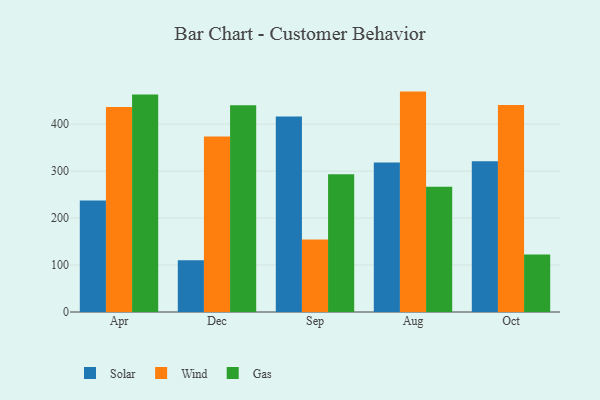
{"axis": {"x": "Month", "y": "Budget (USD K)"}, "legend": ["Gas", "Solar", "Wind"], "data": [{"x": "Apr", "y": 237.3, "type": "Solar"}, {"x": "Apr", "y": 436.6, "type": "Wind"}, {"x": "Apr", "y": 462.8, "type": "Gas"}, {"x": "Dec", "y": 110.2, "type": "Solar"}, {"x": "Dec", "y": 373.6, "type": "Wind"}, {"x": "Dec", "y": 440.3, "type": "Gas"}, {"x": "Sep", "y": 416.1, "type": "Solar"}, {"x": "Sep", "y": 154.6, "type": "Wind"}, {"x": "Sep", "y": 293.2, "type": "Gas"}, {"x": "Aug", "y": 318.4, "type": "Solar"}, {"x": "Aug", "y": 469.2, "type": "Wind"}, {"x": "Aug", "y": 266.6, "type": "Gas"}, {"x": "Oct", "y": 320.9, "type": "Solar"}, {"x": "Oct", "y": 440.5, "type": "Wind"}, {"x": "Oct", "y": 122.3, "type": "Gas"}]}